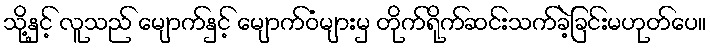
သို့နှင့် လူသည် မျောက်နှင့် မျောက်ဝံများမှ တိုက်ရိုက်ဆင်းသက်ခဲ့ခြင်းမဟုတ်ပေ။